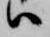
ハ